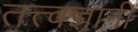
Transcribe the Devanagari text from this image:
तत्त्‍वज्ञानी